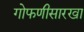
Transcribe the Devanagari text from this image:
गोफणीसारखा